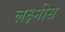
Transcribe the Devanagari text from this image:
लक्ष्मीस